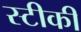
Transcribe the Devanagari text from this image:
स्टीकी